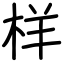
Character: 样